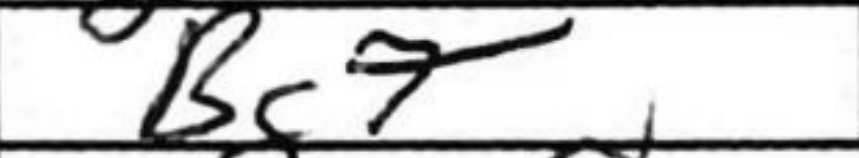
Transcription: Bc7